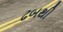
ઢબથી